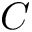
C